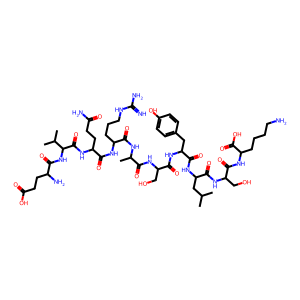
SMILES: CC(C)CC(NC(=O)C(Cc1ccc(O)cc1)NC(=O)C(CO)NC(=O)C(C)NC(=O)C(CCCNC(=N)N)NC(=O)C(CCC(N)=O)NC(=O)C(NC(=O)C(N)CCC(=O)O)C(C)C)C(=O)NC(CO)C(=O)NC(CCCCN)C(=O)O
Inhibits HIV replication: No